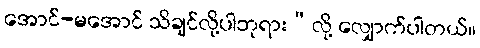
အောင်-မအောင် သိချင်လို့ပါဘုရား”လို့ လျှောက်ပါတယ်။